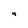
Character: 4